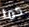
كما